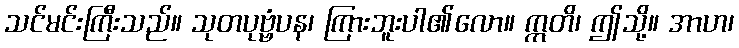
သင်မင်းကြီးသည်။ သုတပုဗ္ဗံပန၊ ကြားဘူးပါ၏လော။ ဣတိ၊ ဤသို့။ အာဟ၊